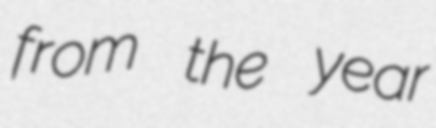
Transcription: from the year